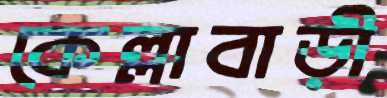
কেল্লাবাড়ী